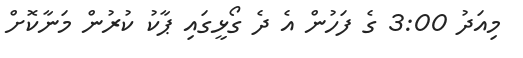
މިއަދު 3:00 ގެ ފަހުން އެ ދެ ގޯޅީގައި ޕާކު ކުރުން މަނާކޮށް